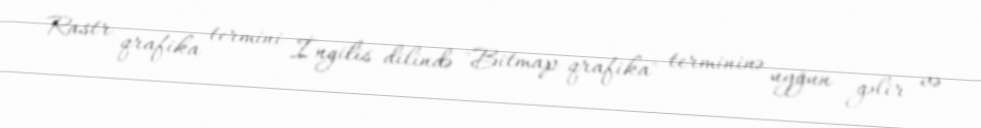
Rastr qrafika termini İngilis dilində "Bitmap-qrafika" termininə uyğun gəlir və